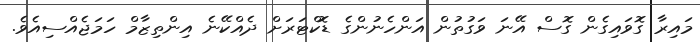
މައިރާ ގޮވައިގެން ގޮސް އޭނަ ވަގުތުން އަންހެނުންގެ ޑޮކްޓަރަށް ދެއްކޭނެ އިންތިޒާމް ހަމަޖެއްސިއެވެ.